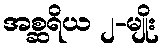
အစ္ဆရိယ ၂-မျိုး